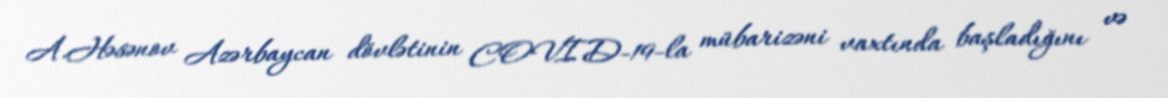
A.Həsənov Azərbaycan dövlətinin COVID-19-la mübarizəni vaxtında başladığını və